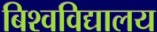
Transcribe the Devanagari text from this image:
बिश्वविद्यालय